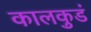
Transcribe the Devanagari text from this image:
कालकुडं